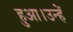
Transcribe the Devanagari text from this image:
हुआ।उन्हें